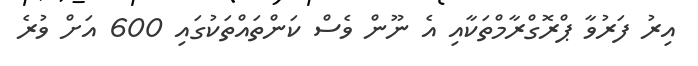
އިރު ފަރުވާ ޕްރޮގްރާމްތަކާއި އެ ނޫން ވެސް ކަންތައްތަކުގައި 600 އަށް ވުރެ